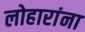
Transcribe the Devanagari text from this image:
लोहारांना